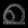
Digit: ၈